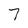
Character: 7